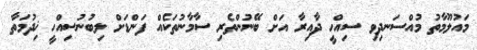
މައުލޫމާތު މުއްސަނދިވި ސިއްހީ ދާއިރާ އަށް ބޭނުންތެރި ސާމާނުތަކެއް ފަންޑަށް ލިބުނުސިއްހީ ޚިދުމަތާ